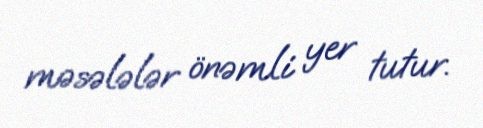
məsələlər önəmli yer tutur.